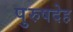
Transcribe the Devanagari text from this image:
पुरुषदेह